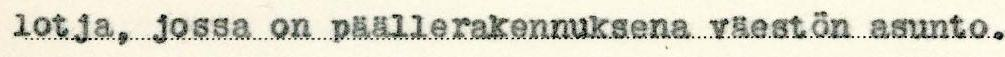
lotja, jossa on päällerakennuksena väestön asunto.